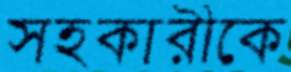
সহকারীকে